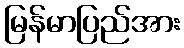
မြန်မာပြည်အား